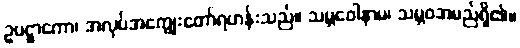
ဥပဋ္ဌာကော၊ အလုပ်အကျွေးတော်ရဟန်းသည်။ သမ္ဘဝေါနာမ၊ သမ္ဘဝအမည်ရှိ၏။